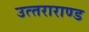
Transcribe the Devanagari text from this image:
उत्‍तराराण्‍ड